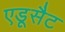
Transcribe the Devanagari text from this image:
एडूसैट